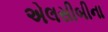
એલસીબીના